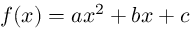
f ( x ) = a x ^ { 2 } + b x + c \,